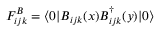
F _ { i j k } ^ { B } = \langle 0 | B _ { i j k } ( x ) B _ { i j k } ^ { \dag } ( y ) | 0 \rangle